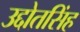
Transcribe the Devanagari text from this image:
उद्दोतसिंह